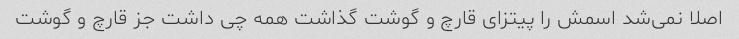
اصلا نمی‌شد اسمش را پیتزای قارچ و گوشت گذاشت همه چی داشت جز قارچ و گوشت